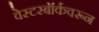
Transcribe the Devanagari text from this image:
वेस्टरबॉर्कवरून